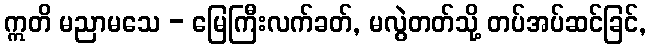
ဣတိ မညာမသေ - မြေကြီးလက်ခတ်, မလွဲတတ်သို့ တပ်အပ်ဆင်ခြင်,